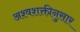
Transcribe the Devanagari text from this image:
अश्वशक्तीनुसार